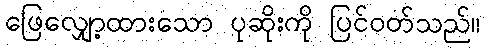
ဖြေလျှော့ထားသော ပုဆိုးကို ပြင်ဝတ်သည်။